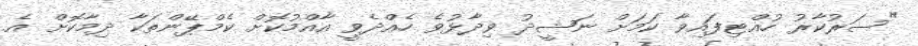
"ސަރުކާރު ހުއްޓިފައިވާ ކަމަށް ނަޝީދު ވިދާޅުވެ ހެއްދެވީ އާއްމުކޮށް ކެމްޕޭންތަކާ ދިމާކޮށް އެ